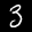
Label: 3